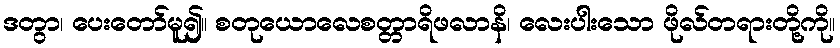
ဒတွာ၊ ပေးတော်မူ၍။ စတုယောလေစတ္တာရိဖလာနိ၊ လေးပါးသော ဖိုလ်တရားတို့ကို။